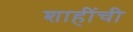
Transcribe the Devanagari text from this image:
शाहींची